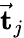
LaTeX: \vec{\mathbf t}_{j}